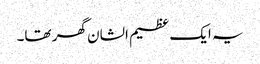
یہ ایک عظیم الشان گھر تھا۔